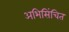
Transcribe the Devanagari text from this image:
अभिसिंचित